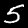
Digit: 5